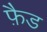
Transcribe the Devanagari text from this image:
फ़ैड